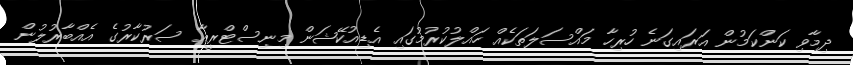
ދިމާވި ކަންކަމުން އަރައިގަނެ ހުރިހާ މައްސަލަތަކެއް ހައްލުކުރުމުގައި އެޑިއުކޭޝަން މިނިސްޓްރީއާ ސަރުކާރުގެ އެއްބާރުލުން